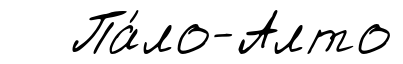
Па́ло-Алто